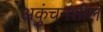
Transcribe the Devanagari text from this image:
अकुंचनशील